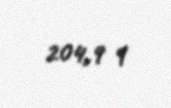
204,9 q